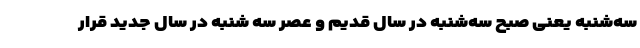
سه‌شنبه یعنی صبح سه‌شنبه در سال قدیم و عصر سه شنبه در سال جدید قرار